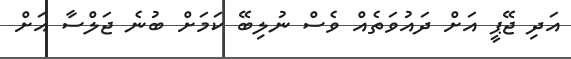
އަދި ޖޭޕީ އަށް ދައުވަތެއް ވެސް ނުލިބޭ ކަމަށް ބުނެ ޖަލްސާ އަށް